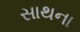
સાથના